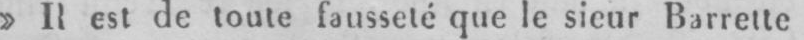
»Il est de toute fausseté que le sieur Barrette